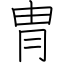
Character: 冑